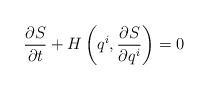
LaTeX: \begin{align*} \frac{\partial S}{\partial t}+H\left(q^i,\frac{\partial S}{\partial q^i}\right)=0\end{align*}